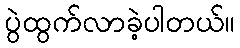
ပွဲထွက်လာခဲ့ပါတယ်။